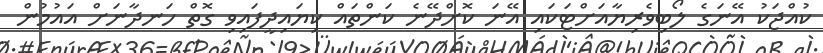
ކުއްޖަކު އޭނަގެ ލޯބިވެރިޔާއަށްޓަކައި އޭނަ ކޮށްދޭނެ ކަންތައް ކިޔައިދީފައިވި ގޮތް ހަނދާނަށް އައުމުން